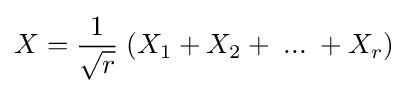
X={\frac {1}{\sqrt {r}}}\;(X_{1}+X_{2}+\;...\;+X_{r})